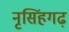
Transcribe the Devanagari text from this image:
नृसिंहगढ़